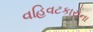
વહિવટકારોના